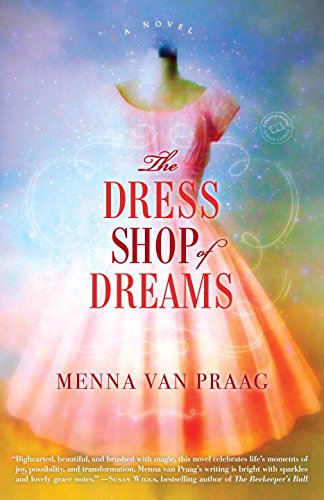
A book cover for The Dress Shop of Dreams: A Novel; Menna van Praag; Science Fiction & Fantasy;